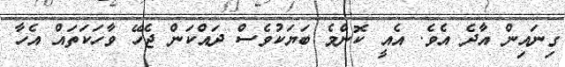
ގިނައިން އާދެ އެވެ. އެއީ ކޮންމެ ބަޔަކުވެސް ދައްކަން ޖެހޭ ވާހަކަތައް އެހާ